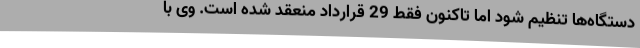
دستگاه‌ها تنظیم شود اما تاکنون فقط 29 قرارداد منعقد شده است. وی با